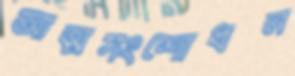
আত্মসংশোধন